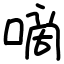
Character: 嘀